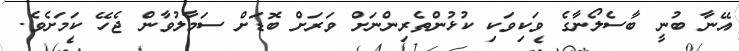
އޭނާ ބުނީ ބާސެލޯނާގެ ވަކިވަކި ކުޅުންތެރިންނަށް ވަރަށް ބޮޑަށް ސަމާލުވާން ޖެހޭ ކަމަށެވެ.